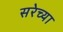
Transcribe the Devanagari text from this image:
सरेच्या